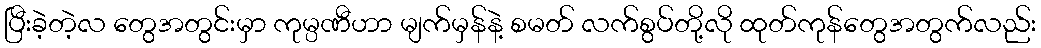
ပြီးခဲ့တဲ့လ တွေအတွင်းမှာ ကုမ္ပဏီဟာ မျက်မှန်နဲ့ စမတ် လက်စွပ်တို့လို ထုတ်ကုန်တွေအတွက်လည်း